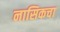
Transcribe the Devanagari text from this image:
नासिकचा